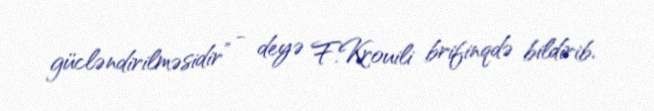
gücləndirilməsidir” - deyə F.Krouili brifinqdə bildirib.